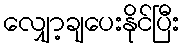
လျှော့ချပေးနိုင်ပြီး